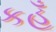
કહૂઁ